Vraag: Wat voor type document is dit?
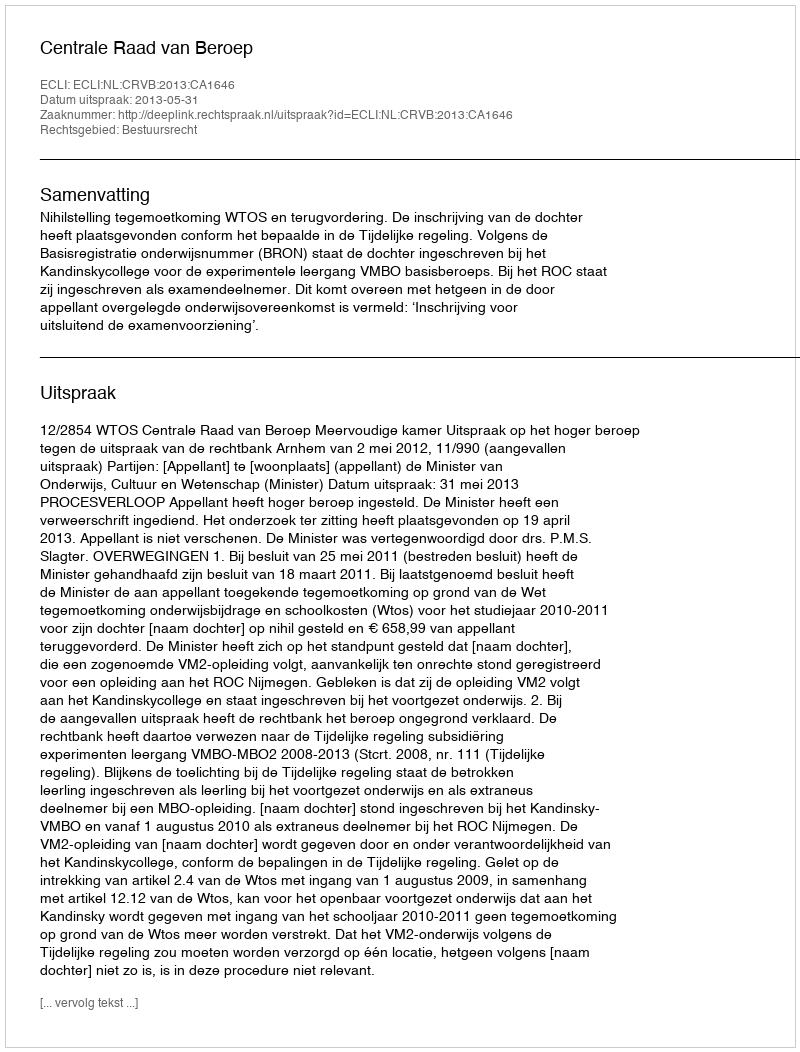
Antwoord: Uitspraak